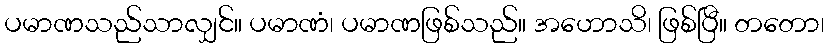
ပမာဏသည်သာလျှင်။ ပမာဏံ၊ ပမာဏဖြစ်သည်။ အဟောသိ၊ ဖြစ်ပြီ။ တတော၊